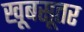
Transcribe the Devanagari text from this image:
खूबसूतर